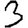
Digit: 3